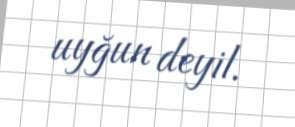
uyğun deyil.